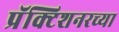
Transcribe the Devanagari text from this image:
प्रॅक्टिशनरच्या